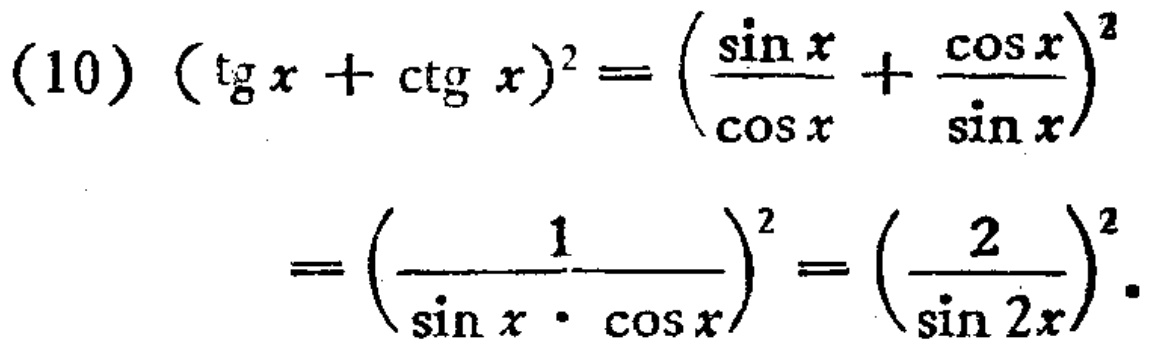
\[(10)(\operatorname{tg}x + \operatorname{ctg}x)^2=\left(\frac{\sin x}{\cos x}+\frac{\cos x}{\sin x}\right)^2=\left(\frac{1}{\sin x\cdot\cos x}\right)^2=\left(\frac{2}{\sin 2x}\right)^2.\]